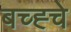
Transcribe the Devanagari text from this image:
बच्ह्चे